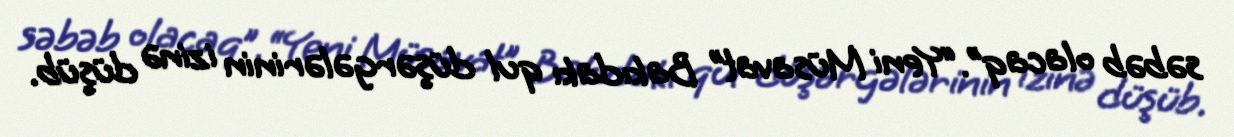
səbəb olacaq”.“Yeni Müsavat” Bakıdakı qul düşərgələrinin izinə düşüb.